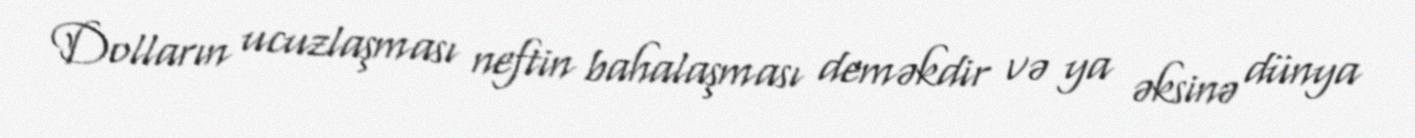
Dolların ucuzlaşması neftin bahalaşması deməkdir və ya əksinə dünya